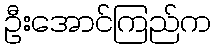
ဦးအောင်ကြည်က